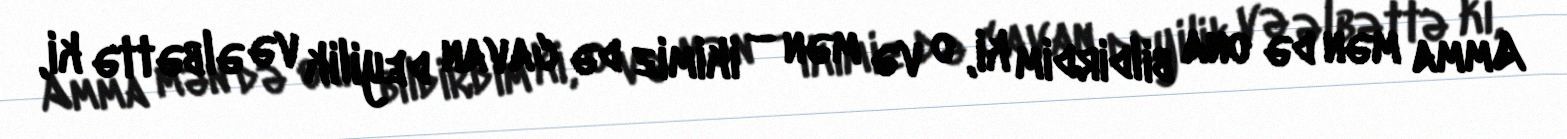
Amma mən də ona bildirdim ki, o və mən – ikimiz də cavan deyilik və əlbəttə ki,